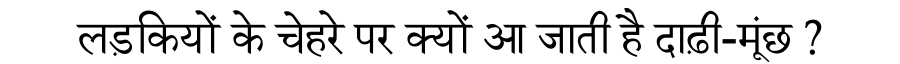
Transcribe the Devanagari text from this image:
लड़कियों के चेहरे पर क्यों आ जाती है दाढ़ी-मूंछ ?